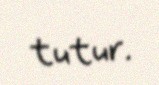
tutur.